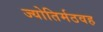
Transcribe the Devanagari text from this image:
ज्योतिर्मठवह